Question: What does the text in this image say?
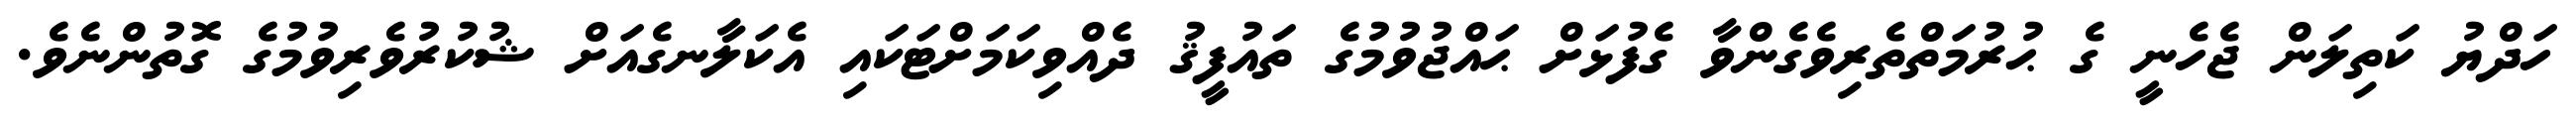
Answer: ހަދްޔު ކަތިލަން ޖެހެނީ ގެ ޙުރުމަތްތެރިވެގެންވާ ގެފުޅަށް ޙައްޖުވުމުގެ ތައުފީޤު ދެއްވިކަމަށްޓަކައި އެކަލާނގެއަށް ޝުކުރުވެރިވުމުގެ ގޮތުންނެވެ.